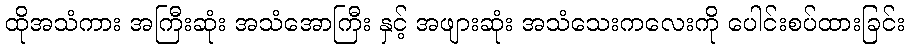
ထိုအသံကား အကြီးဆုံး အသံအောကြီး နှင့် အဖျားဆုံး အသံသေးကလေးကို ပေါင်းစပ်ထားခြင်း